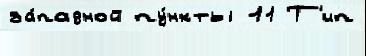
за́падной пу́нкты 11 Т'ип